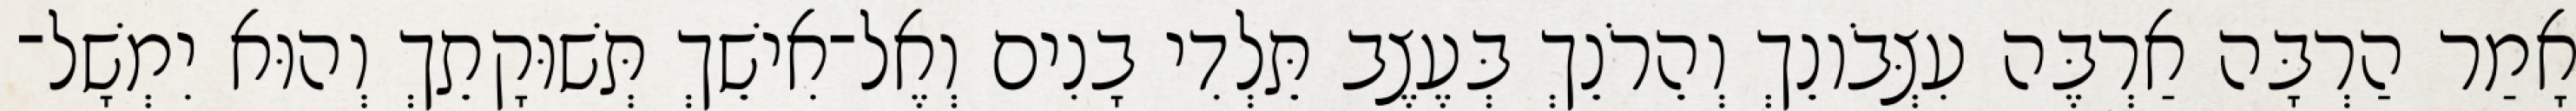
אָמַר הַרְבָּה אַרְבֶּה עִצְּבֹונֵךְ וְהֵרֹנֵךְ בְּעֶצֶב תֵּלְדִי בָנִים וְאֶל־אִישֵׁךְ תְּשׁוּקָתֵךְ וְהוּא יִמְשָׁל־